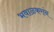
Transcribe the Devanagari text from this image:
भवाळकरांन